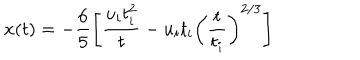
x ( t ) = - \frac { 6 } { 5 } \left[ \frac { u _ { i } t _ { i } ^ { 2 } } { t } - u _ { i } t _ { i } \left( \frac { t } { t _ { i } } \right) ^ { 2 / 3 } \right]